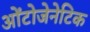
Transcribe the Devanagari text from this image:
ओंटोजेनेटिक